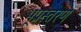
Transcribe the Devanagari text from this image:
भूप्रस्तरण